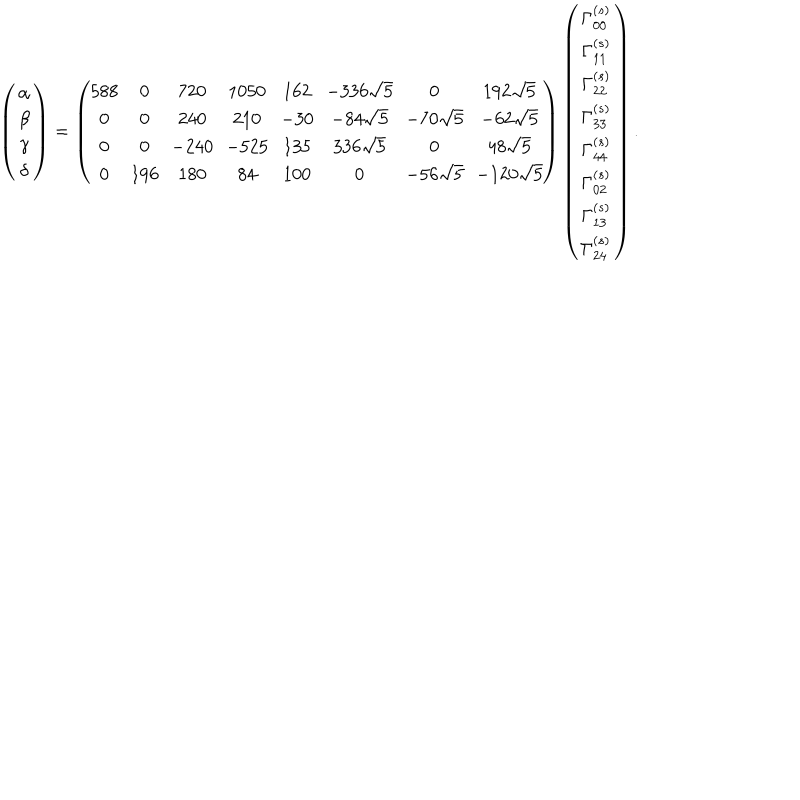
\left( \begin{array} { c } { { \alpha } } \\ { { \beta } } \\ { { \gamma } } \\ { { \delta } } \\ \end{array} \right) = \left( \begin{array} { c c c c c c c c } { { \! 5 8 8 \! } } & { { 0 } } & { { 7 2 0 } } & { { \! 1 0 5 0 \! } } & { { \! 1 6 2 \! } } & { { \! - 3 3 6 \sqrt { 5 } \! } } & { { 0 } } & { { 1 9 2 \sqrt { 5 } } } \\ { { 0 } } & { { 0 } } & { { 2 4 0 } } & { { 2 1 0 } } & { { \! - 3 0 \! } } & { { - 8 4 \sqrt { 5 } } } & { { \! - 7 0 \sqrt { 5 } \! } } & { { - 6 2 \sqrt { 5 } } } \\ { { 0 } } & { { 0 } } & { { \! - 2 4 0 \! } } & { { \! - 5 2 5 \! } } & { { \! 1 3 5 \! } } & { { 3 3 6 \sqrt { 5 } } } & { { 0 } } & { { 4 8 \sqrt { 5 } } } \\ { { 0 } } & { { \! 1 9 6 \! } } & { { 1 8 0 } } & { { 8 4 } } & { { \! 1 0 0 \! } } & { { 0 } } & { { \! - 5 6 \sqrt { 5 } \! } } & { { \! - 1 2 0 \sqrt { 5 } \! } } \\ \end{array} \right) \left( \begin{array} { c } { { \Gamma _ { 0 0 } ^ { ( s ) } } } \\ { { \Gamma _ { 1 1 } ^ { ( s ) } } } \\ { { \Gamma _ { 2 2 } ^ { ( s ) } } } \\ { { \Gamma _ { 3 3 } ^ { ( s ) } } } \\ { { \Gamma _ { 4 4 } ^ { ( s ) } } } \\ { { \Gamma _ { 0 2 } ^ { ( s ) } } } \\ { { \Gamma _ { 1 3 } ^ { ( s ) } } } \\ { { \Gamma _ { 2 4 } ^ { ( s ) } } } \\ \end{array} \right) .